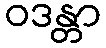
ဝဒန္တာ